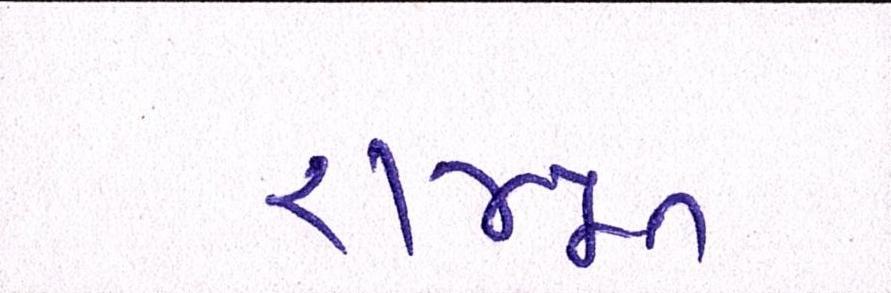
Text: રાજપૂત